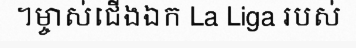
។ម្ចាស់ជើងឯក La Liga របស់